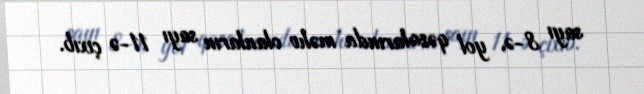
sayı 8-ə, yol qəzalarında məhv olanların sayı 11-ə çıxıb.